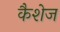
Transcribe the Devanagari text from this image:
कैशेज